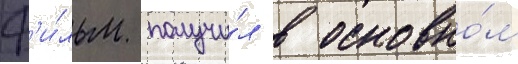
Ф'и́льм получи́л в основно́м